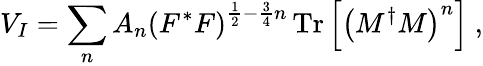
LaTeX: V_{I}=\sum_{n}A_{n}\left(F^{*}F\right)^{\frac{1}{2}-\frac{3}{4}n}\, \mathrm{Tr}\left[\left(M^{\dagger}M\right)^{n}\right]\ ,